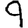
Digit: 9